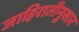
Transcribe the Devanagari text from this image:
जाहिरातीनुसार